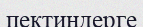
пектиндерге